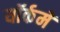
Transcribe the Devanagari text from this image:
यॉर्कमें